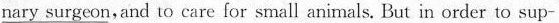
\underline{nary surgeon},and to care for small animals, But in order to sup-